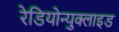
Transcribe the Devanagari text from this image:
रेडियोन्युक्लाइड